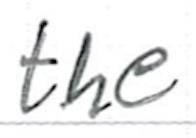
Text: the
Cross-out: clean
Writing tool: ballpoint